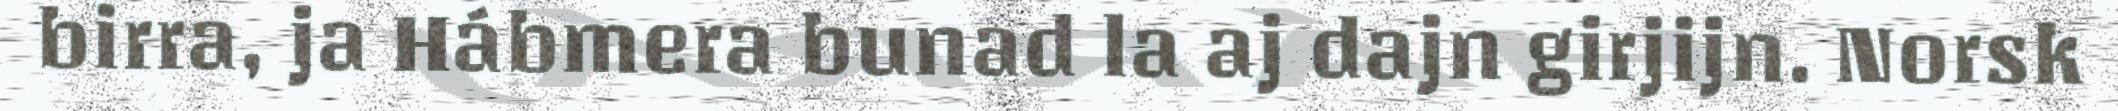
birra, ja Hábmera bunad la aj dajn girjijn. Norsk